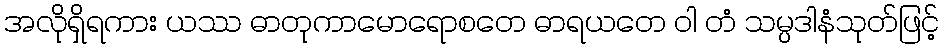
အလိုရှိရကား ယဿ ဓာတုကာမောရောစတေ ဓာရယတေ ဝါ တံ သမ္ပဒါနံသုတ်ဖြင့်